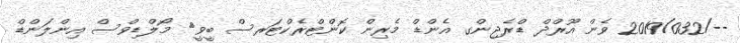
--/2019/032 ވެން އޫރްދް ޑްރެޖިންގ އެންޑް މެރިން ކޮންޓްރެކްޓަރސް ބީވީ	 މޯލްޑިވްސް އިންލަންޑް